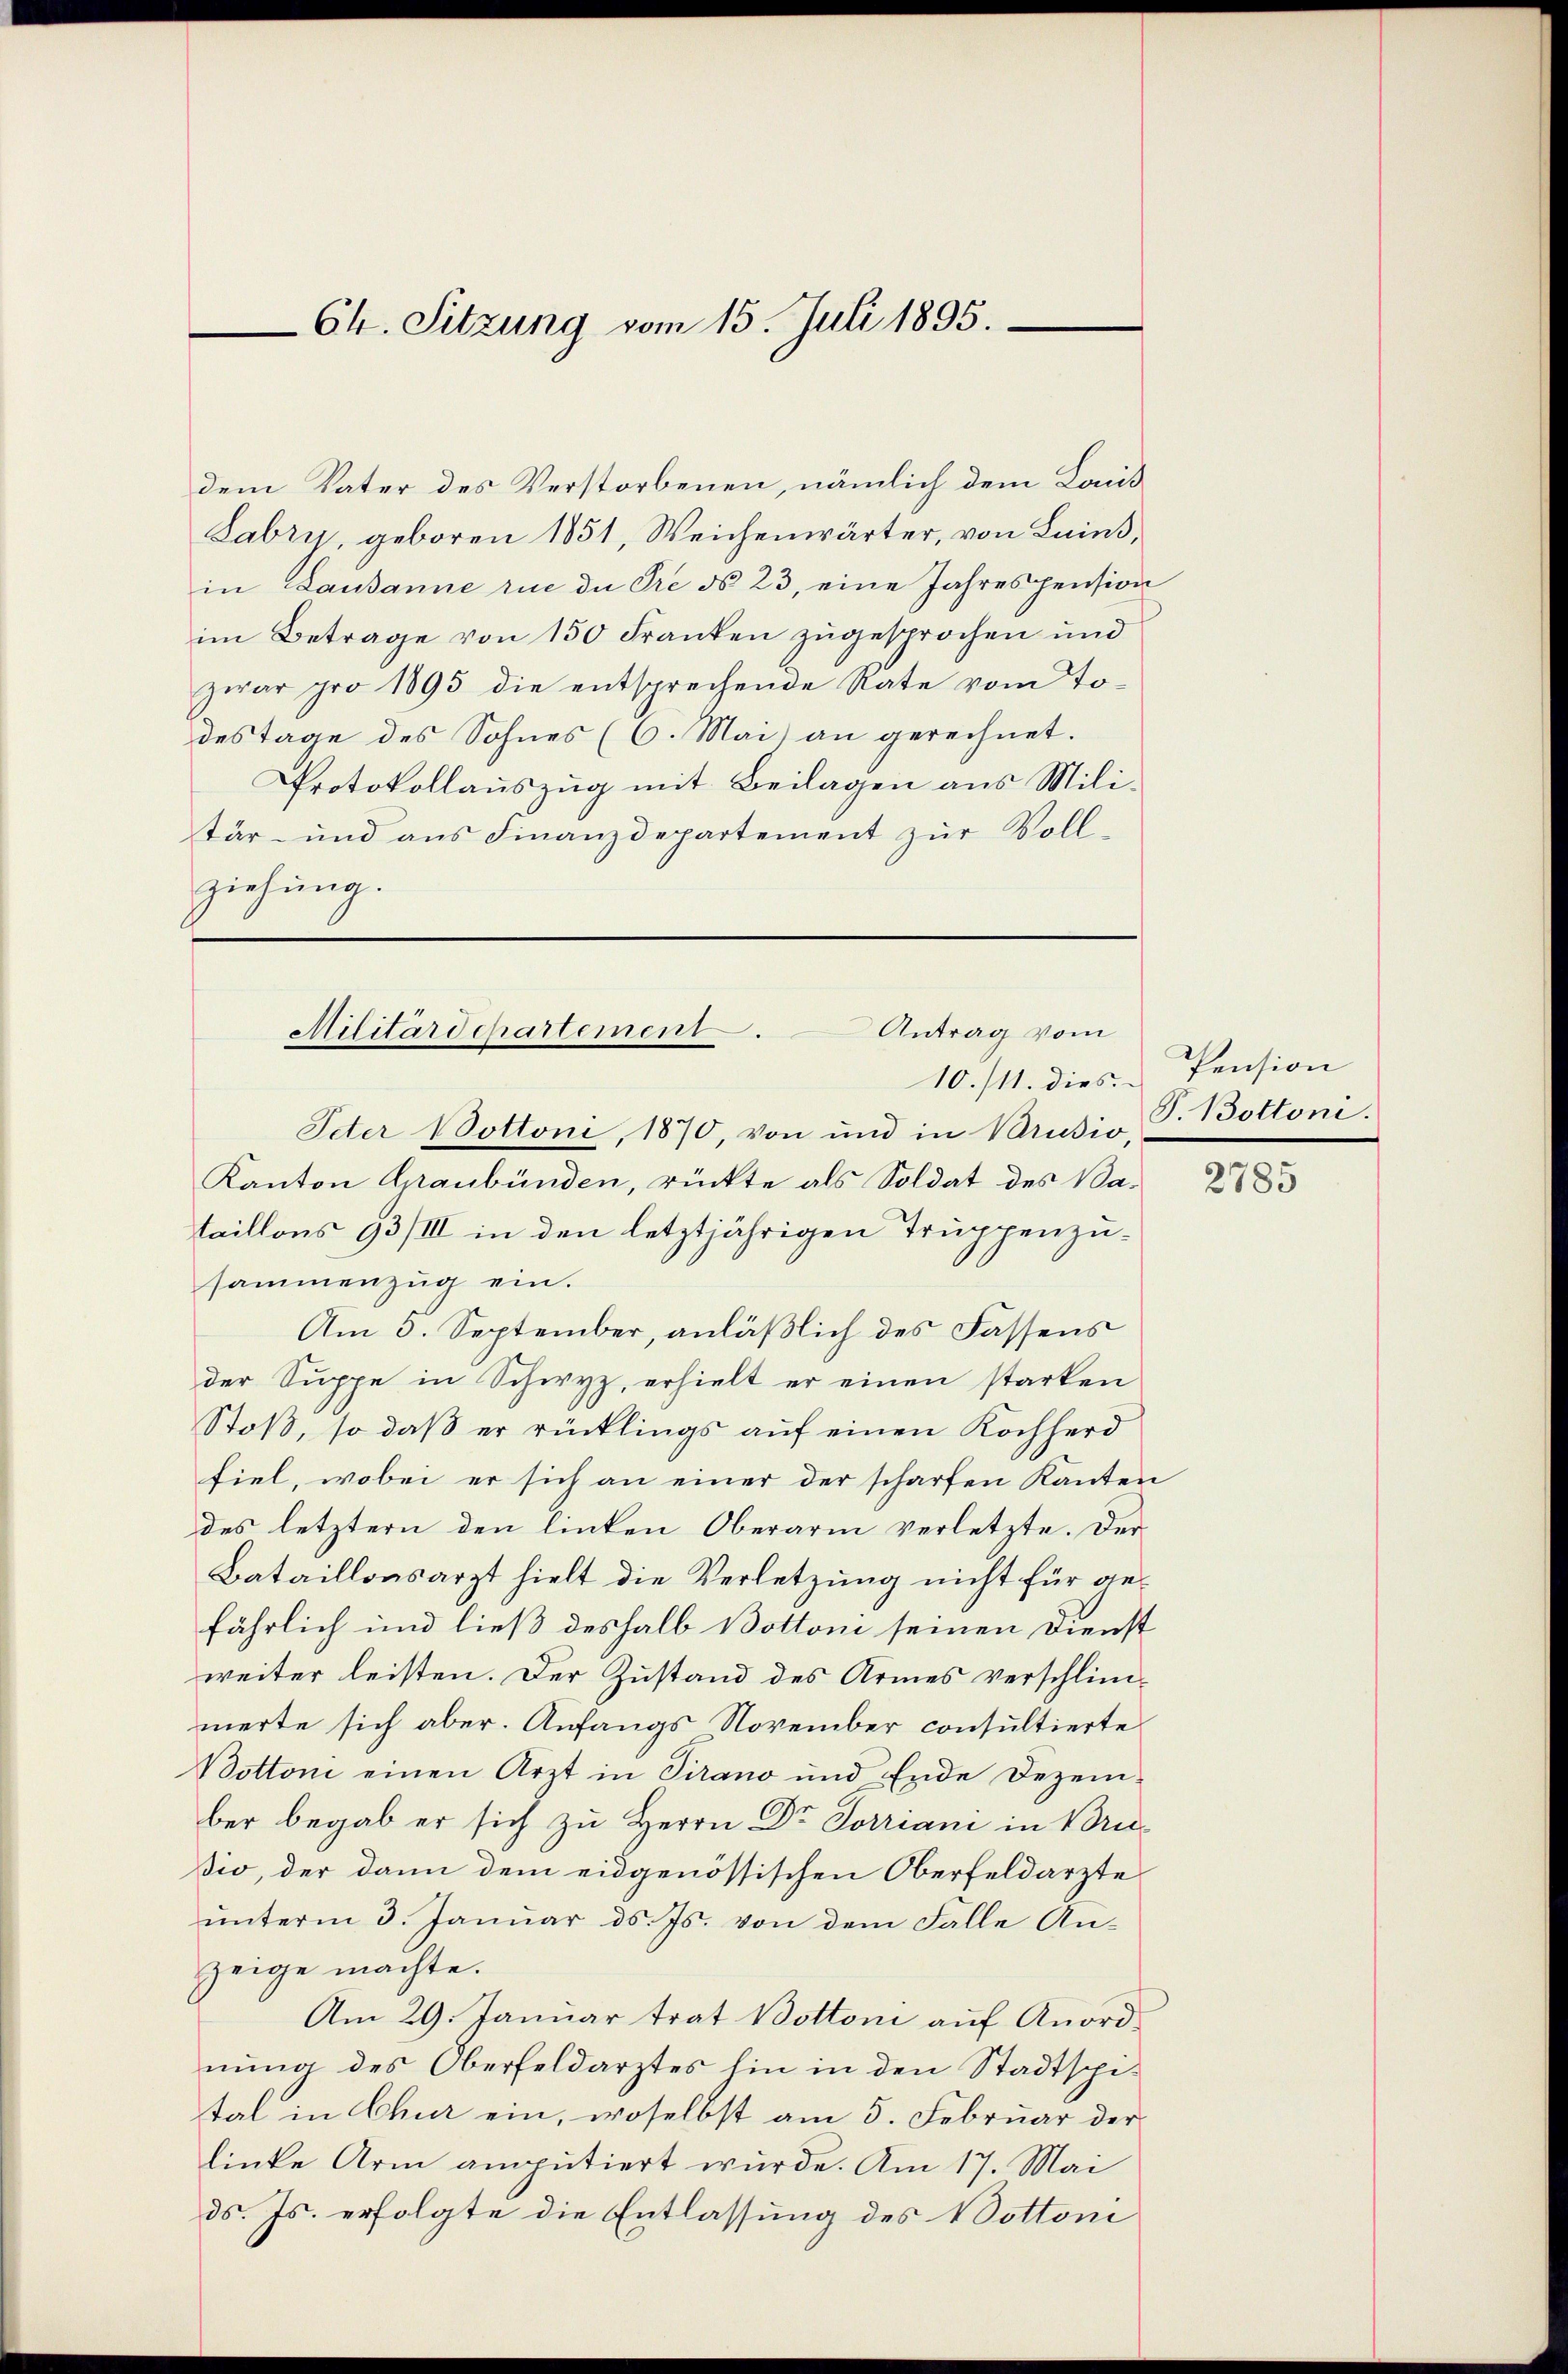
Ch. Sitzung vom 15. Juli 1895.

dem Vater des Verstorbenen, nämlich dem Land
Sabry, geboren 1851, Weichenwärter, von Lains,
in Lausanne rue du Pré ds 23, eine Jahrespension
im Betrage von 150 Franken zugesprochen und
zwar pro 1895 die entsprechende Rate vom Todestage des Sohnes (6. Mai an gerechnet.
Protokollauszug mit Beilagen aus Militär- und ans Finanzdepartement zŭr Voll-
ziehung.

Militärdepartement. Antrag vom
10./11. dies

Idter Nottoni, 1870, von und in Brusio,
Kanton Graubünden, rückte als Soldat des Bataillons 93/III in den letztjährigen Truppenzusammenzug ein.
Am 5. September, anläßlich des Fassens
der Suppe in Schwyz, erhielt er einen starken
Stoß, so daß er rücklings auf einen Kochherd
fiel, wobei er sich an einer der scharfen Kanton
des letztern den linken Oberarm verletzte. Der
Bataillonsarzt hielt die Verletzung nicht für gefährlich und ließ deshalb Bottoni seinen Dienst
weiter leisten. Der Zustand des Armes verschlimmerte sich aber. Anfangs November consultierte
Bottoni einen Arzt in Pirano und Ende Dezem-
ber begab er sich zu Herrn Dr Jorriani in Bruio, der dann dem eidgenössischen Oberfeldarzte
ŭnterm 3. Januar d. Js. von dem Falle An-
zeige machte.
Am 29. Januar trat Bottoni auf Anordnung des Oberfeldarztes hin in den Stadtspital in Chur ein, woselbst am 5. Februar der
linke Arm amputiert wurde. Am 17. Mai
ds. Js. erfolgte die Entlassung des Nottoni

Pension
P.Nottoni.

2785